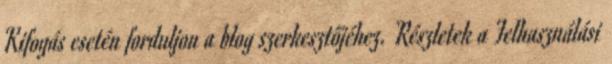
Kifogás esetén forduljon a blog szerkesztőjéhez. Részletek a Felhasználási